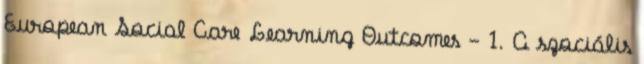
European Social Care Learning Outcomes - 1. A szociális